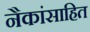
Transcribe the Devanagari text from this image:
नैकांसाहित